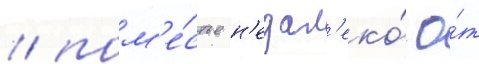
/ пом'е́стье н'едал'еко́ о́т